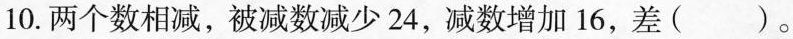
10.两个数相减，被减数减少24，减数增加16，差（ ）。